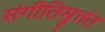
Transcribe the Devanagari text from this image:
संगीतिसुत्तंत